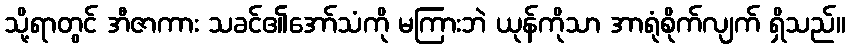
သို့ရာတွင် အီဇာကား သခင်၏အော်သံကို မကြားဘဲ ယုန်ကိုသာ အာရုံစိုက်လျက် ရှိသည်။